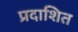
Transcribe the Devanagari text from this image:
प्रदाशित